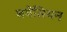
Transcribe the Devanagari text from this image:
बयेसियन